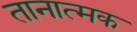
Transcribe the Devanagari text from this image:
तानात्मक